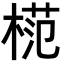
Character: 𣔶